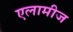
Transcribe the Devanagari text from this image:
एलामीज